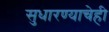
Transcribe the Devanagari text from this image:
सुधारण्याचेही